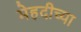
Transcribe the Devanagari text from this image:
मेहदीच्या